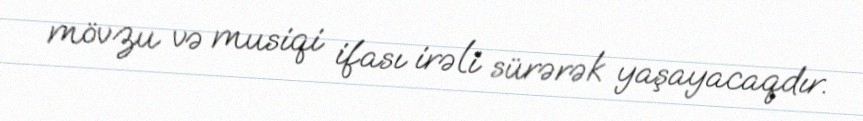
mövzu və musiqi ifası irəli sürərək yaşayacaqdır.